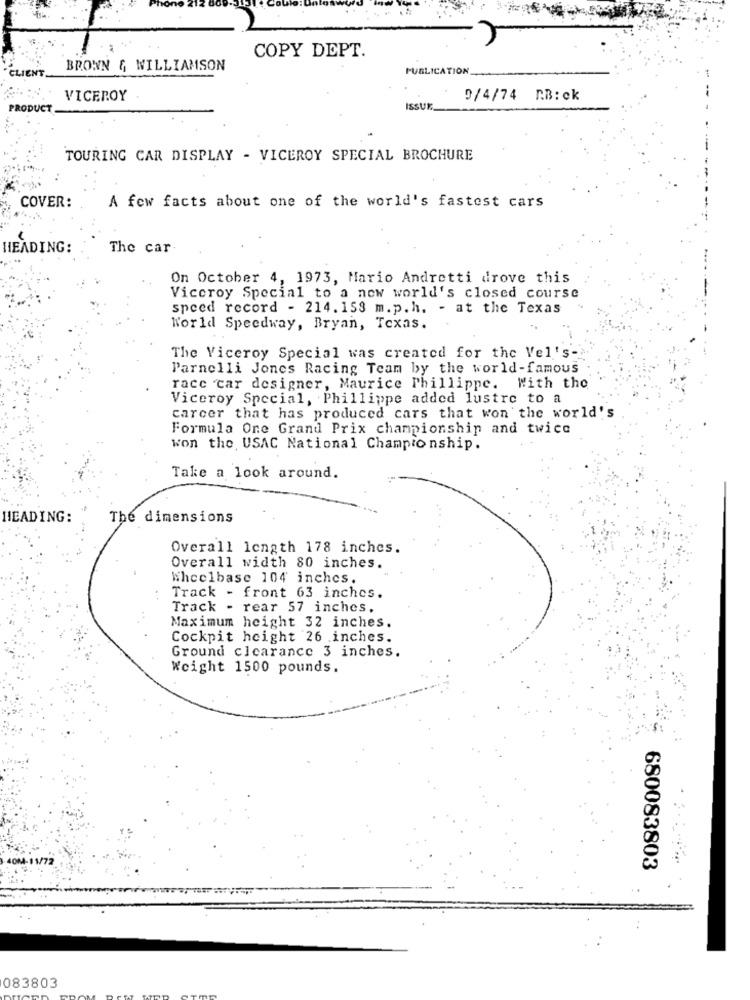
COPY DEPT.
IENT
BROWN & WILLIAMSON
PUBLICATION
VICEROY
9/4/74 R.B:ck
ODUCT
ISSUK
TOURING CAR DISPLAY - VICEROY SPECIAL BROCHURE
COVER:
A few facts about one of the world's fastest cars
HEADING:
The car-
On October 4, 1973, Mario Andretti drove this
Viceroy Special to a new world's closed course
speed record - 214.158 m.p. h. - at the Texas
World Speedway, Bryan, Texas.
The Viceroy Special was created for the Vel's-
Parnelli Jones Racing Team by the world-famous
race "car designer, Maurice Phillippe. With the
Viceroy Special, Phillippe added lustre to a
carcer that has produced cars that won the world's
Formula One Grand Prix championship and twice
won the USAC National Championship.
Take a look around.
HEADING:
The dimensions
Overall length 178 inches.
Overall width 80 inches.
Wheelbase 104 inches.
Track - front 63 inches.
Track - rear 57 inches.
Maximum height 32 inches.
Cockpit height 26 inches.
Ground clearance 3 inches.
Weight 1500 pounds.
680083803
083803